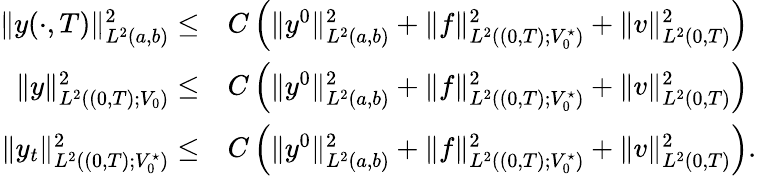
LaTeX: \begin{array}{rl}{\| y(\cdot,T)\| _{L^{2}(a,b)}^{2}\leq}&{C\left(\| y^{0}\| _{L^{2}(a,b)}^{2}+\| f\| _{L^{2}((0,T);V_{0}^{\star})}^{2}+\| v\| _{L^{2}(0,T)}^{2}\right)}\\ {\| y\| _{L^{2}((0,T);V_{0})}^{2}\leq}&{C\left(\| y^{0}\| _{L^{2}(a,b)}^{2}+\| f\| _{L^{2}((0,T);V_{0}^{\star})}^{2}+\| v\| _{L^{2}(0,T)}^{2}\right)}\\ {\| y_{t}\| _{L^{2}((0,T);V_{0}^{\star})}^{2}\leq}&{C\left(\| y^{0}\| _{L^{2}(a,b)}^{2}+\| f\| _{L^{2}((0,T);V_{0}^{\star})}^{2}+\| v\| _{L^{2}(0,T)}^{2}\right).}\end{array}